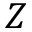
Z